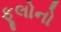
ફૂલોનો